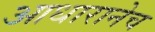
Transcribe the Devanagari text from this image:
आधारानेच